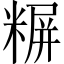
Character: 𬖪